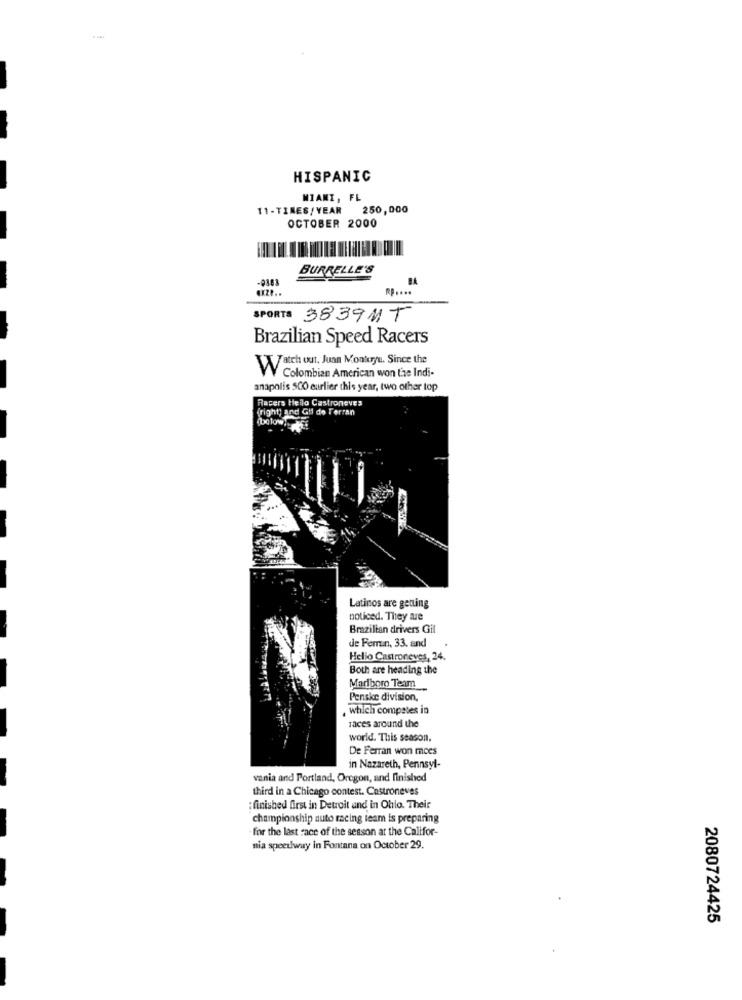
HISPANIC
MIAMI, FL
11-TIMES/YEAR 250,000
OCTOBER 2000
BURRELLE'S
-0363
.....
SPORTS 38391T
Brazilian Speed Racers
Watch out, Juan Montryu. Since the
Colombian American won the Indi-
anapolis 5CO earlier this year, two other top
Racers Hello Castroneves
(right) and Gil de Ferran
(below
Latinos are getting
noticed. They are
Brazilian drivers Gil
de Femrun, 33. and
Hello Castroneves, 24.
Both are heading the
Marlboro Team
Penske division,
, which compates in
races around the
world. This season.
De Ferran won mces
in Nazareth, Pennsyl-
vania and Portland, Oregon, and finished
third in a Chicago contest. Castroneves
: finished first in Detroit and in Ohio. Their
championship auto racing team is preparing
for the last race of the season at the Califor-
nia speedway in Fontana on October 29.
2080724425